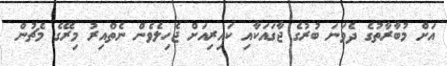
އަށް މުބާރާތުގެ ދެވަނަ ބުރުގެ ޖާގައަކާއި ކައިރިއަށް ޖެހިލެވެން ނެތްއިރު މިރޭގެ މެޗުން